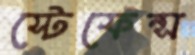
স্টেফেন্স